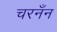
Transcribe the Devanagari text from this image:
चरनँन